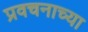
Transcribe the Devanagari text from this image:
प्रवचनाच्या